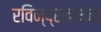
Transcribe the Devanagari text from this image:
रविन्द्रनाथन